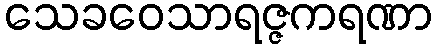
သေခဝေသာရဇ္ဇကရဏာ